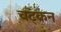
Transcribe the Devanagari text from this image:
चट्कन